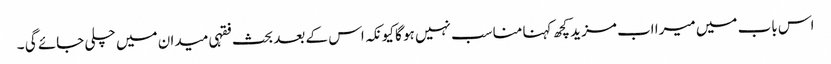
اس باب میں میرا اب مزید کچھ کہنا مناسب نہیں ہو گا کیونکہ اس کے بعد بحث فقہی میدان میں چلی جائے گی ۔